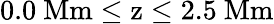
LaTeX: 0.0\ \mathrm{Mm\leq z\leq 2.5\ \mathrm{Mm}}